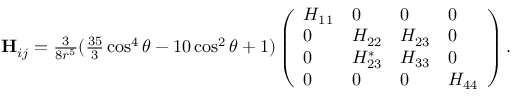
\begin{array} { r } { \mathbf { H } _ { i j } = \frac { 3 } { 8 r ^ { 5 } } ( \frac { 3 5 } { 3 } \cos ^ { 4 } \theta - 1 0 \cos ^ { 2 } \theta + 1 ) \left( \begin{array} { l l l l } { H _ { 1 1 } } & { 0 } & { 0 } & { 0 } \\ { 0 } & { H _ { 2 2 } } & { H _ { 2 3 } } & { 0 } \\ { 0 } & { H _ { 2 3 } ^ { * } } & { H _ { 3 3 } } & { 0 } \\ { 0 } & { 0 } & { 0 } & { H _ { 4 4 } } \end{array} \right) . } \end{array}